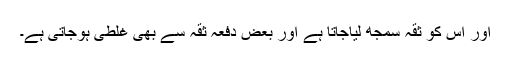
اور اس کو ثقہ سمجھ لیاجاتا ہے اور بعض دفعہ ثقہ سے بھی غلطی ہوجاتی ہے۔